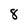
Character: 8